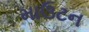
માઉટન